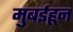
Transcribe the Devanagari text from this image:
मुबईहून